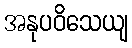
အနုပဝိသေယျ